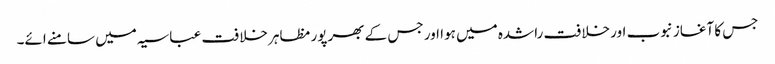
جس کا آغاز نبوب اور خلافت راشدہ میں ہوا اور جس کے بھرپور مظاہر خلافت عباسیہ میں سامنے ائے۔